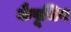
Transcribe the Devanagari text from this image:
कैपूचिन